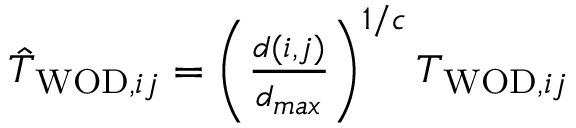
\begin{array} { r } { \hat { T } _ { \mathrm { W O D } , i j } = \left( \frac { d ( i , j ) } { d _ { m a x } } \right) ^ { 1 / c } T _ { \mathrm { W O D } , i j } } \end{array}